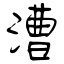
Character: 漕